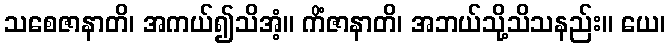
သစေဇာနာတိ၊ အကယ်၍သိအံ့။ ကိံဇာနာတိ၊ အဘယ်သို့သိသနည်း။ ယေ၊